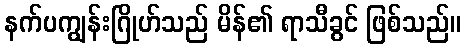
နက်ပကျွန်းဂြိုဟ်သည် မိန်၏ ရာသီခွင် ဖြစ်သည်။